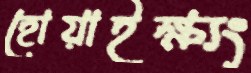
হোয়াইক্ষ্যং